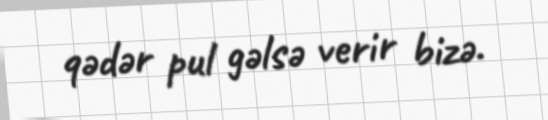
qədər pul gəlsə verir bizə.